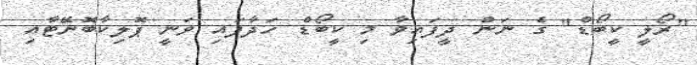
"ރޯލީ ކީބޯޑް" ގެ ނަން ދީފައިވާ މި ކީބޯޑް ހަދާފައި ވަނީ ޕޮލިކާބޮނޭޓާއި